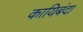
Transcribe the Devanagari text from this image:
कायिबंदा